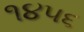
૧૪૫૬